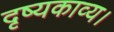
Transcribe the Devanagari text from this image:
दृष्यकाव्य।